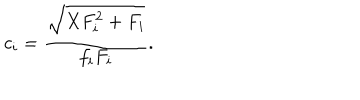
c _ { i } = \frac { \sqrt { X F _ { i } ^ { 2 } + F _ { i } } } { f _ { i } F _ { i } } .